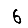
Digit: 6